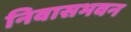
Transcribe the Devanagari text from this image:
निवासभवन